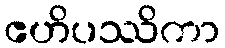
ဧဟိပဿိကာ